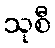
သုစီ